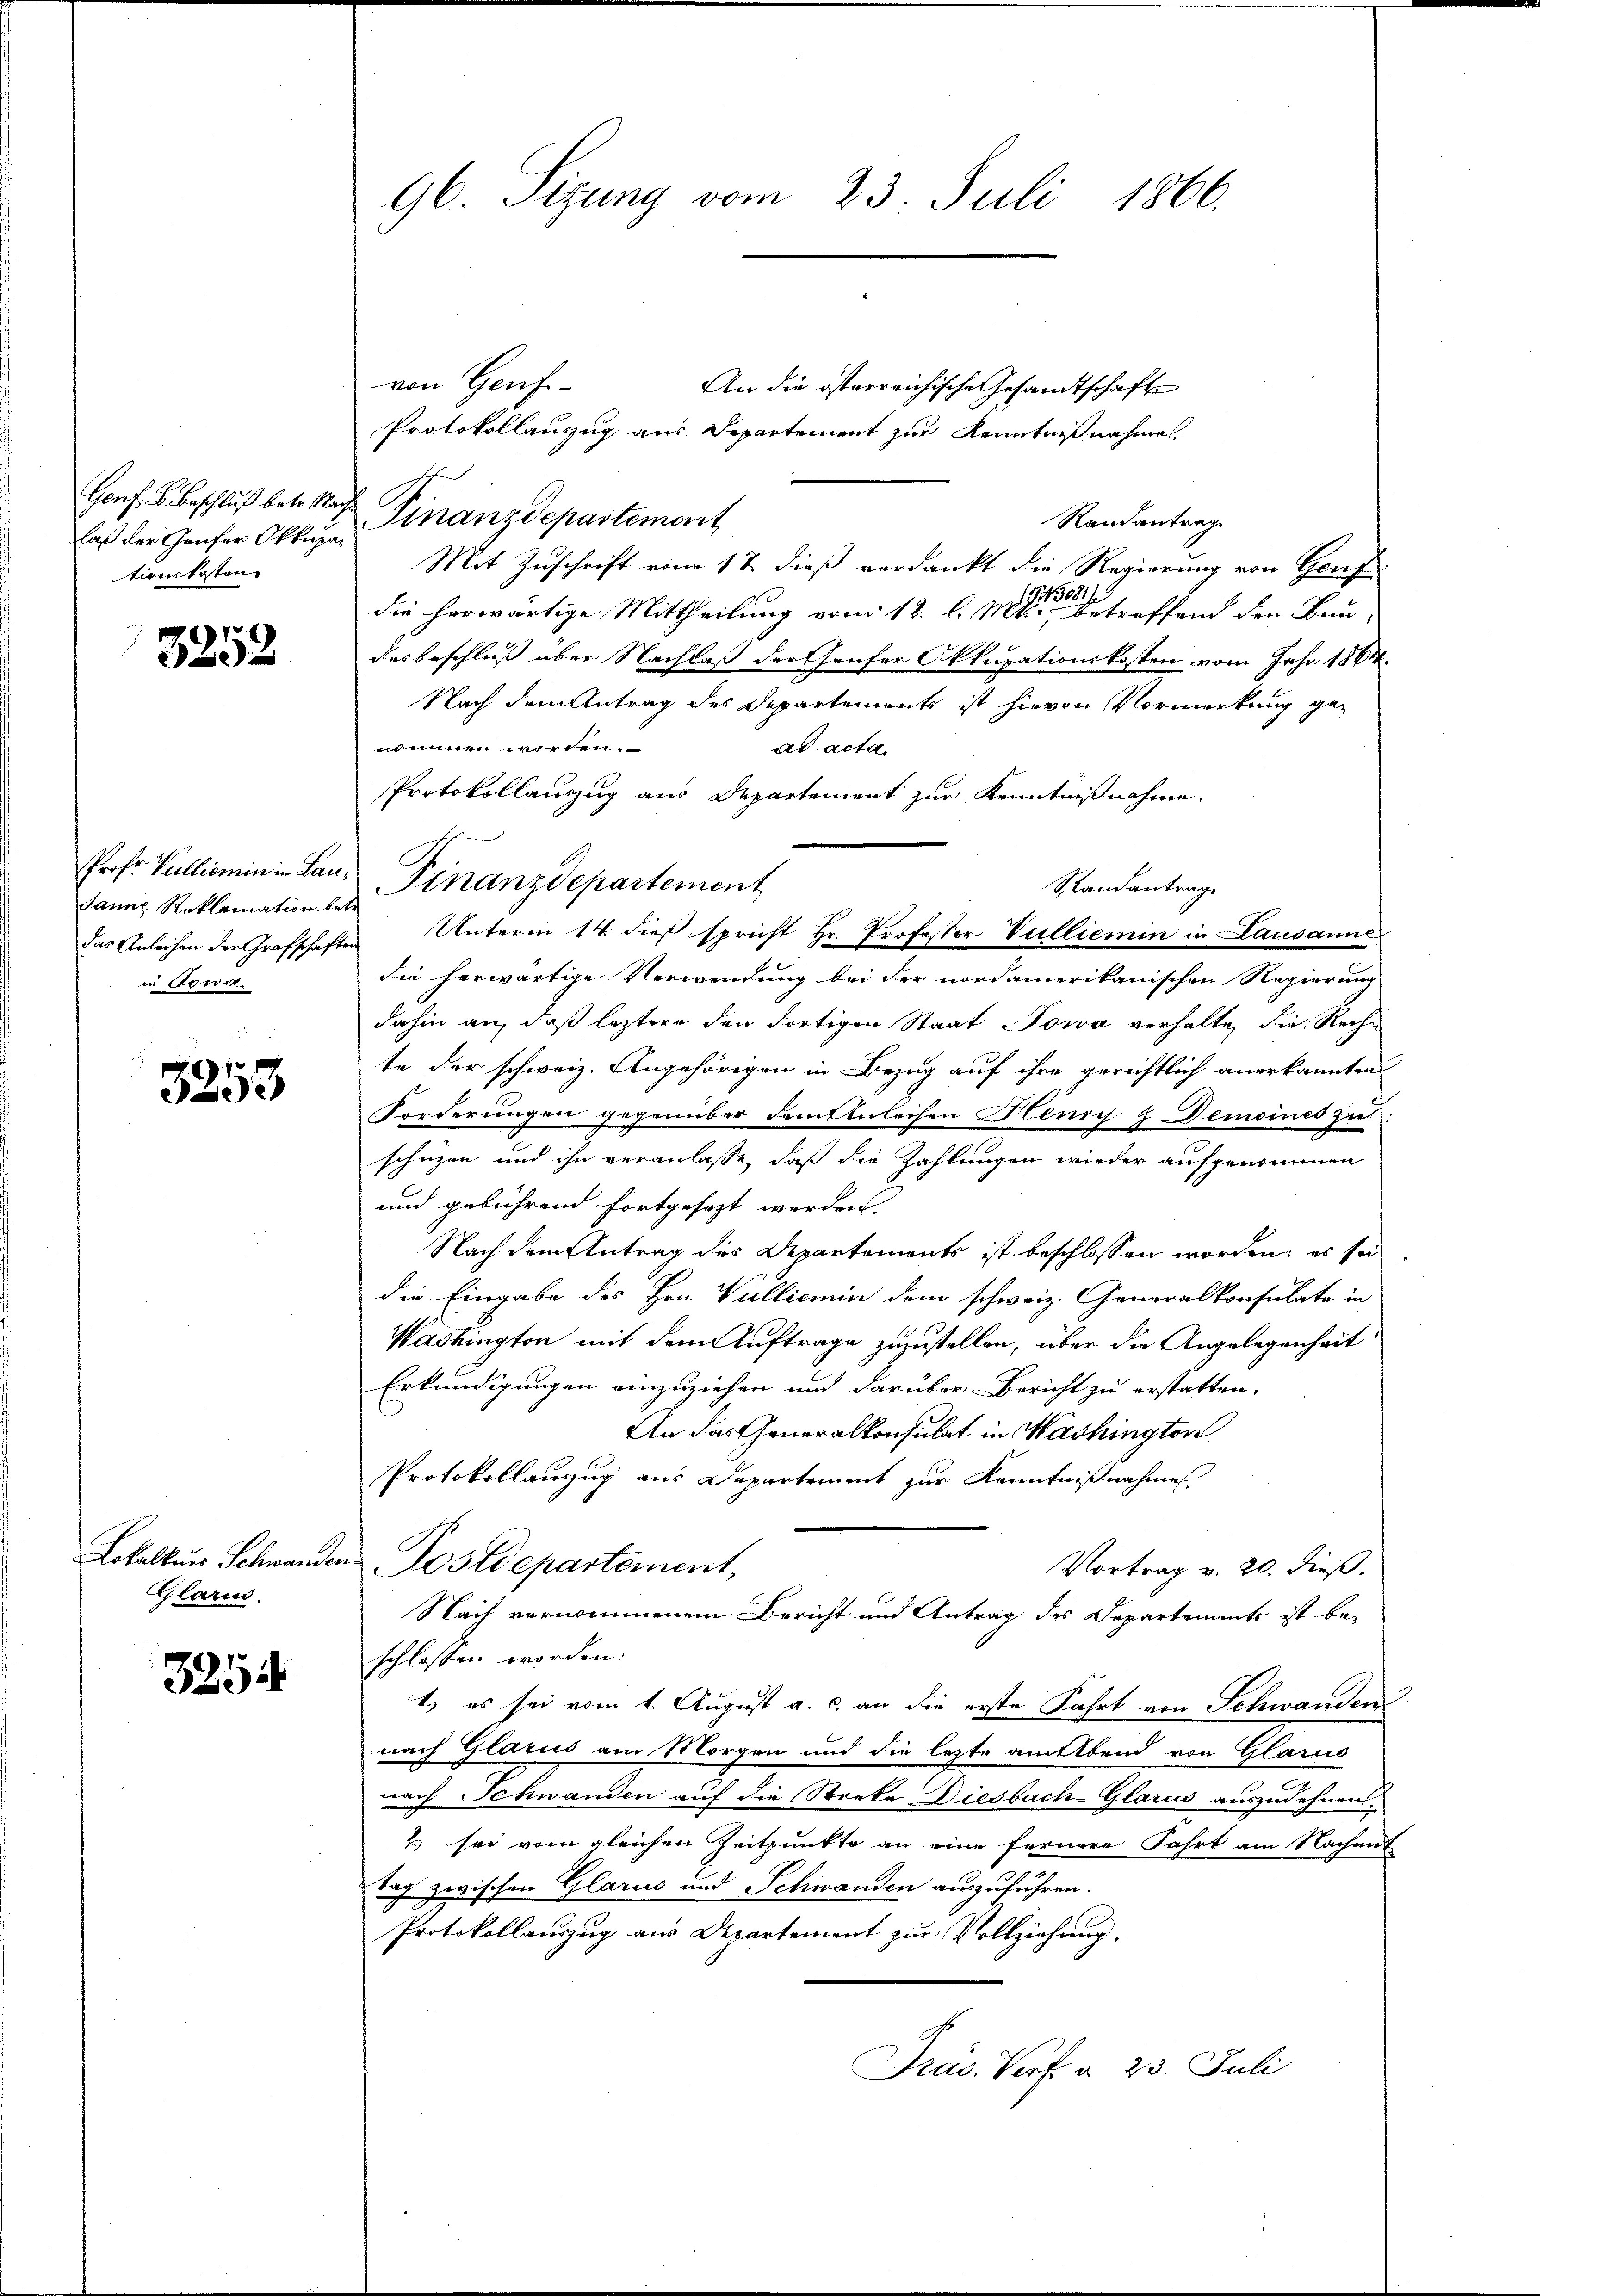
3252

3253

3254

Genf. B. Beschluß betr. R.
laß der Gaufer Okkupationskosten

Sanns Reklamation betr.
in Sowa

Lokalkurs Schwanden
Glarus

96. Sizung vom 23. Juli 1866.

von Genf¬
An die österreichische Gesandtschaft
Protokollauszug aus Departement zur Kenntnißnahme
Finanzdepartement
Randantrage
Mit Zuschrift vom 17. dieß verdankt die Regierung von Genf
die herwärtige Mittheilung vom 12. l. Mitte betreffend den Bau-
desbeschluß über Nachlaß der Genfer Okkupationskosten vom Jahr 1864.
Nach dem Antrag des Departements ist hievon Vormerkung ge-
nommen worden.
ad acta.
Protokollauszug aus Departement zur Kenntnißnahme.
Standantrage
das Anleihen der Grafschaften Unterm 14. dieß spricht Hr. Professor Vulliemin in Lausanne
die herwärtige Verwendung bei der nordamerikanischen Regierung
dahin an, daß leztere den Fortigen Staat Towa verhalte, die Rechte der schweiz. Angehörigen in Bezug auf ihre gerichtlich anerkannten
Forderungen gegenüber demsenleihen Henry & Demoines zu
schüzen und ihn veranlasse, daß die Zahlungen wieder aufgenommen
und gebührend fortgesezt werden.
Nach dem Antrag des Departements ist beschlossen worden; es sei
die Eingabe des Hrn. Vullicmin dem schweiz. Generalkonsulate in
Washington mit dem Auftrage zuzustellen, über die Angelegenheit
Erkundigungen einzuziehen und darüber Bericht zu erstatten.
An das Generalkonsulat in Washington.
Protokollanzug aus Departement zur Kenntnißnahmen.
 Postdepartement,
Vortrag v. 20. dieß.
Nach vernommenem Bericht und Antrag des Departements ist be-
schlossen worden:
1.) es sei vom 1. August a. c. an die erste Fahrt von Schwanden
nach Glarus am Morgen und die lezte anebend von Glarus
nach Schwanden auf die Streke Diesbach-Glarus auszudehnen
2) sei vom gleichen Zeitpunkte an eine fernere Fahrt am Nachmit
tag zwischen Glarus und Schwanden auszuführen.
Protokollauszug aus Departement zur Vollziehung.
Präs. Vorf. d. 23. Juli

Prof. Vullionin in Lan. Finanzdepartement